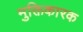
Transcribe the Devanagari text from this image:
मुक्तिकारक